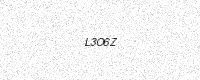
Text: L3O6Z